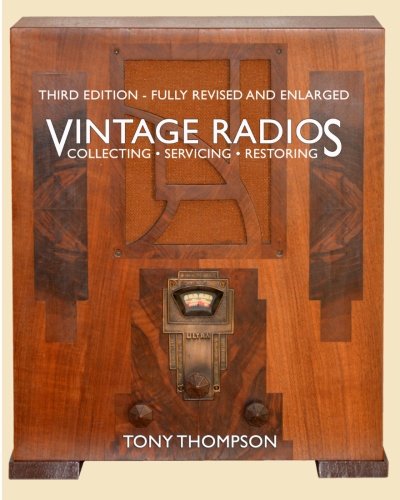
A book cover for Vintage Radios - Collecting, Servicing, Restoring; Tony Thompson BSc.; Crafts, Hobbies & Home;